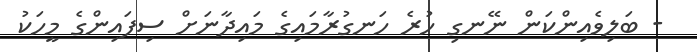
- ބަލިވެއިންކަން ނޭނގި ހުރެ ހަނގުރާމައިގެ މައިދާނަށް ސިފައިންގެ މީހަކު